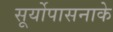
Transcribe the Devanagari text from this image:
सूर्योपासनाके